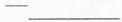
-___